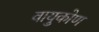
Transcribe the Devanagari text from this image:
वायुकोण